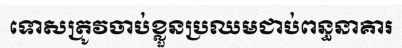
ទោសត្រូវចាប់ខ្លួនប្រឈមជាប់ពន្ធនាគារ